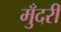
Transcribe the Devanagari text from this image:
मुँदरी